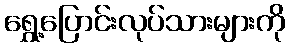
ရွှေ့ပြောင်းလုပ်သားများကို